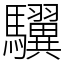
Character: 龮